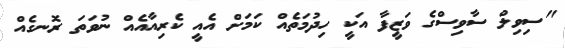
"ސިވިލް ސާވިސްގެ ވަޒީފާ އަކީ ހިދުމަތެއް ކަމަށް އެއީ ކެރިއާއެއް ނުވަތަ ރޮނގެއް